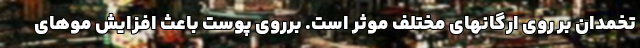
تخمدان بر روی ارگانهای مختلف موثر است. برروی پوست باعث افزایش موهای